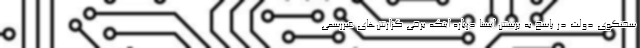
سخنگوی دولت در پاسخ به پرسش ایسنا درباره اینکه برخی گزارش‌های غیررسمی